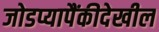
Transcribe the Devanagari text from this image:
जोडप्यापैंकीदेखील